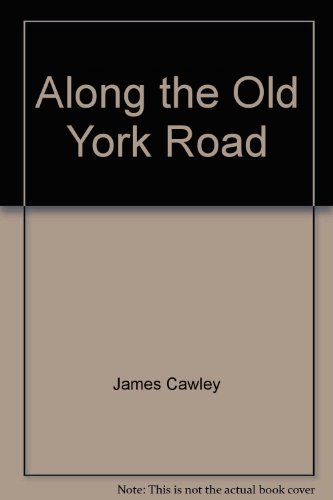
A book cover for Along the Old York Road; James Cawley; Travel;